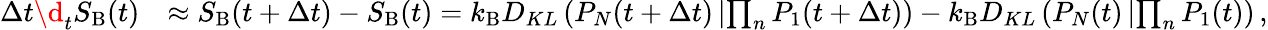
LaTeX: \begin{array}{rl}{\Delta t\d_{t}S_{\mathrm{B}}(t)}&{\approx S_{\mathrm{B}}(t+\Delta t)-S_{\mathrm{B}}(t)={k_{\mathrm{B}}}D_{KL}\left(P_{N}(t+\Delta t)\left|\prod_{n}P_{1}(t+\Delta t)\right.\right)-{k_{\mathrm{B}}}D_{KL}\left(P_{N}(t)\left|\prod_{n}P_{1}(t)\right.\right)\, ,}\end{array}